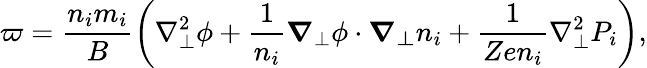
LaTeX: \varpi=\frac{n_{i}m_{i}}{B}\left(\nabla_{\perp}^{2}\phi+\frac{1}{n_{i}}\boldsymbol{\nabla}_{\perp}\phi\cdot\boldsymbol{\nabla_{\perp}}n_{i}+\frac{1}{Zen_{i}}\nabla_{\perp}^{2}P_{i}\right),